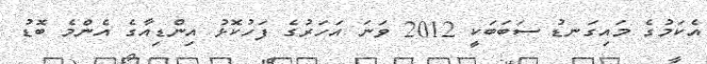
އެކަމުގެ މައިގަނޑު ސަބަބަކީ 2012 ވަނަ އަހަރުގެ ފަހުކޮޅު އިންޑިއާގެ އެންމެ ބޮޑު